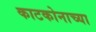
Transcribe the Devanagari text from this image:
काटकोनाच्या